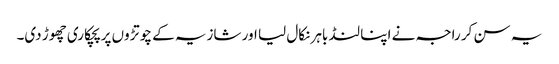
یہ سن کر راجہ نے اپنا لنڈ باہر نکال لیا اور شازیہ کے چوتڑوں پر پچکاری چھوڑ دی۔